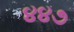
૪૪૭